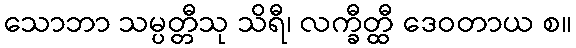
သောဘာ သမ္ပတ္တီသု သိရီ၊ လက္ခီတ္ထီ ဒေဝတာယ စ။